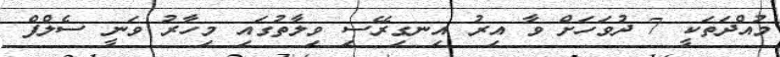
މުއްދަތަކީ 7 ދުވަހަށް ވާ އިރު އިނގިރޭސި ވިލާތުގައި މިހާރު ވަނީ ސެލްފް